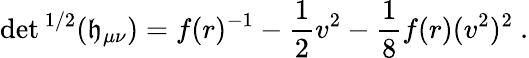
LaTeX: \operatorname*{det}{}^{1/2}(\mathfrak{h}_{\mu\nu})=f(r)^{-1}-\frac{{1}}{{2}}v^{2}-\frac{{1}}{{8}}f(r)(v^{2})^{2}\ .